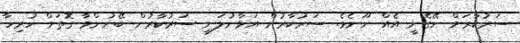
ސަރުކާރަށް ނޭގެނީ އެއް ނޫނެވެ. ސަރުކާރުން އަޅާނުލަނީ ސަރުކާރުން ބޭނުންވާ ގޮތަށް ހުރިހާ